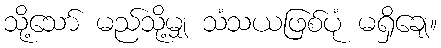
သို့သော် မည်သို့မျှ သံသယဖြစ်ပုံ မရှိချေ။